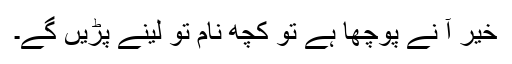
خیر آُ نے پوچھا ہے تو کچھ نام تو لینے پڑیں گے۔